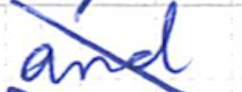
Text: and
Cross-out: diagonal
Writing tool: ballpoint